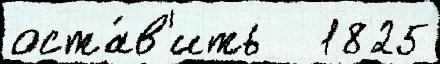
оста́в'ить   1825